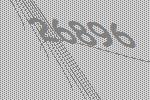
26896